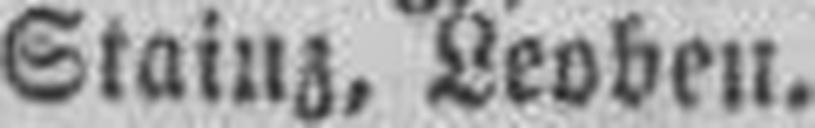
Stainz, Leoben.